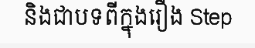
និងជាបទពីក្នុងរឿង Step